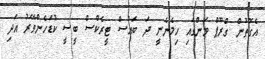
އެގޮތުން ގްރޫޕް ވަންގައި ހިމެނެނީ ދަ ބައުސް ޓީރެކްސް ބީސީ ކުޑަހެންވޭރު އަދި